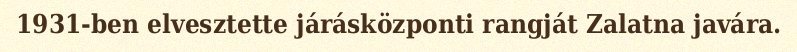
1931-ben elvesztette járásközponti rangját Zalatna javára.